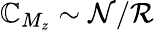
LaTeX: \mathbb{C}_{M_{z}}\sim\mathcal{{N}}/\mathcal{{R}}